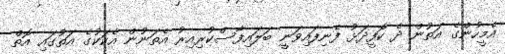
އެމީހުންގެ އަތުން ދެ ކޮފީދަޅު ފެނިފައިވަނީ ބަލައިފާސްކުރިއިރު އެތަނުން އެކަކުގެ އަތުގައި އޮތް